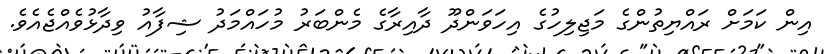
އިން ކަމަށް ރައްޔިތުންގެ މަޖިލިހުގެ އިހަވަންދޫ ދާއިރާގެެ މެންބަރު މުހައްމަދު ޝިފާއު ވިދާޅުވެއްޖެއެެވެ.